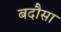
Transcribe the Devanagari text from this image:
बदौसा